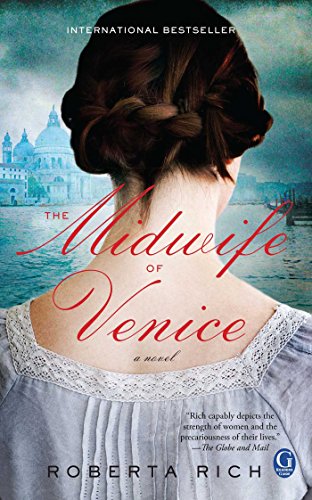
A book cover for The Midwife of Venice; Roberta Rich; Literature & Fiction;